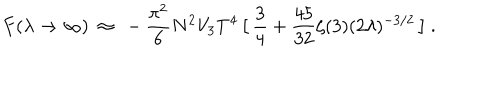
{ } F ( \lambda \to \infty ) ~ \approx ~ - \frac { \pi ^ { 2 } } { 6 } N ^ { 2 } V _ { 3 } T ^ { 4 } \, \big [ \, \frac { 3 } { 4 } + \frac { 4 5 } { 3 2 } \zeta ( 3 ) ( 2 \lambda ) ^ { - 3 / 2 } \, \big ] \ .